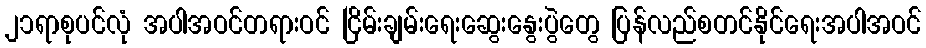
၂၁ရာစုပင်လုံ အပါအဝင်တရားဝင် ငြိမ်းချမ်းရေးဆွေးနွေးပွဲတွေ ပြန်လည်စတင်နိုင်ရေးအပါအဝင်